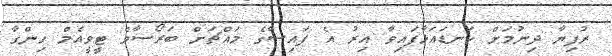
ރުފިޔާ ދިނުމަށް ކަނޑައަޅާފައިވާ އިރު އެ ފައިސާގެ މައްޗަށް ބަރޯސާވެ ޓީވީއެމް ހިންގާ